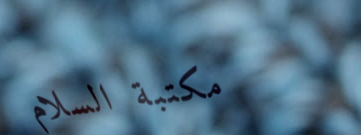
مكتبة السلام